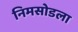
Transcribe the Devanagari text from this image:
निमसोडला